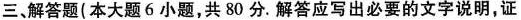
三、解答题(本大题6小题，共80分。解答应写出必要的文字说明，证